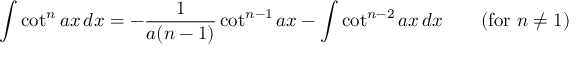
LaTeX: \int \cot ^ { n } a x \, d x = - { \frac { 1 } { a ( n - 1 ) } } \cot ^ { n - 1 } a x - \int \cot ^ { n - 2 } a x \, d x \qquad { \mathrm { ( f o r ~ } } n \neq 1 { \mathrm { ) } }